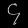
Digit: ၄